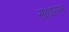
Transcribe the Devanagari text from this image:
साधारण्त